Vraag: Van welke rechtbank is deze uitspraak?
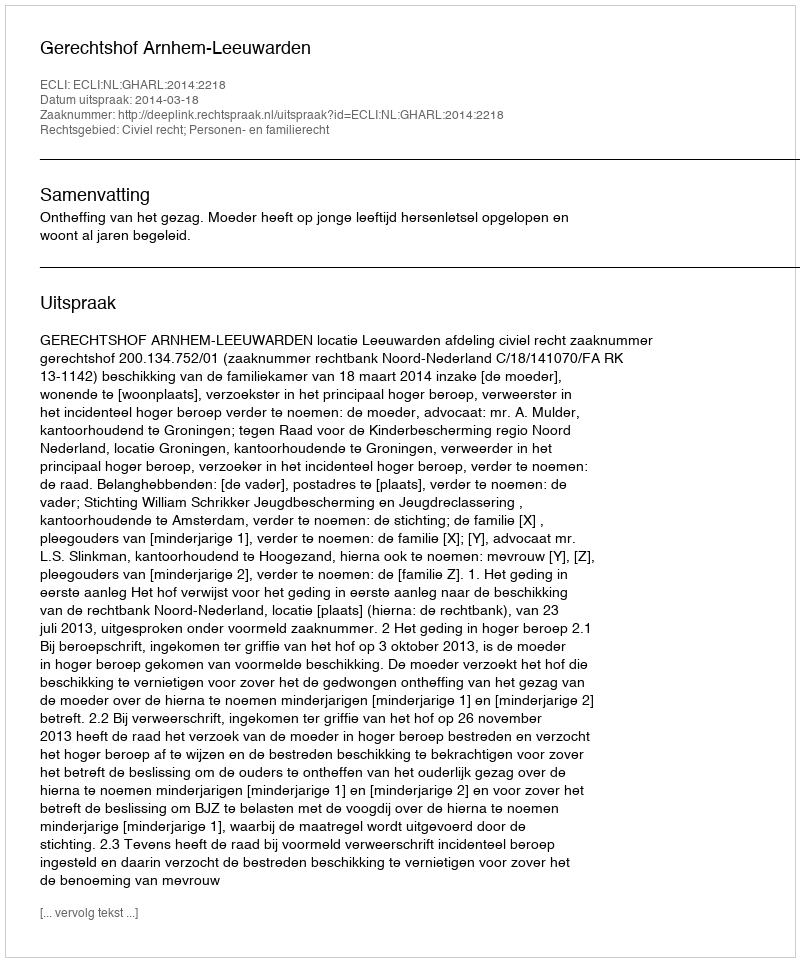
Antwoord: Gerechtshof Arnhem-Leeuwarden